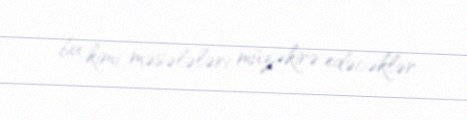
bu kimi məsələləri müzakirə edəcəklər.